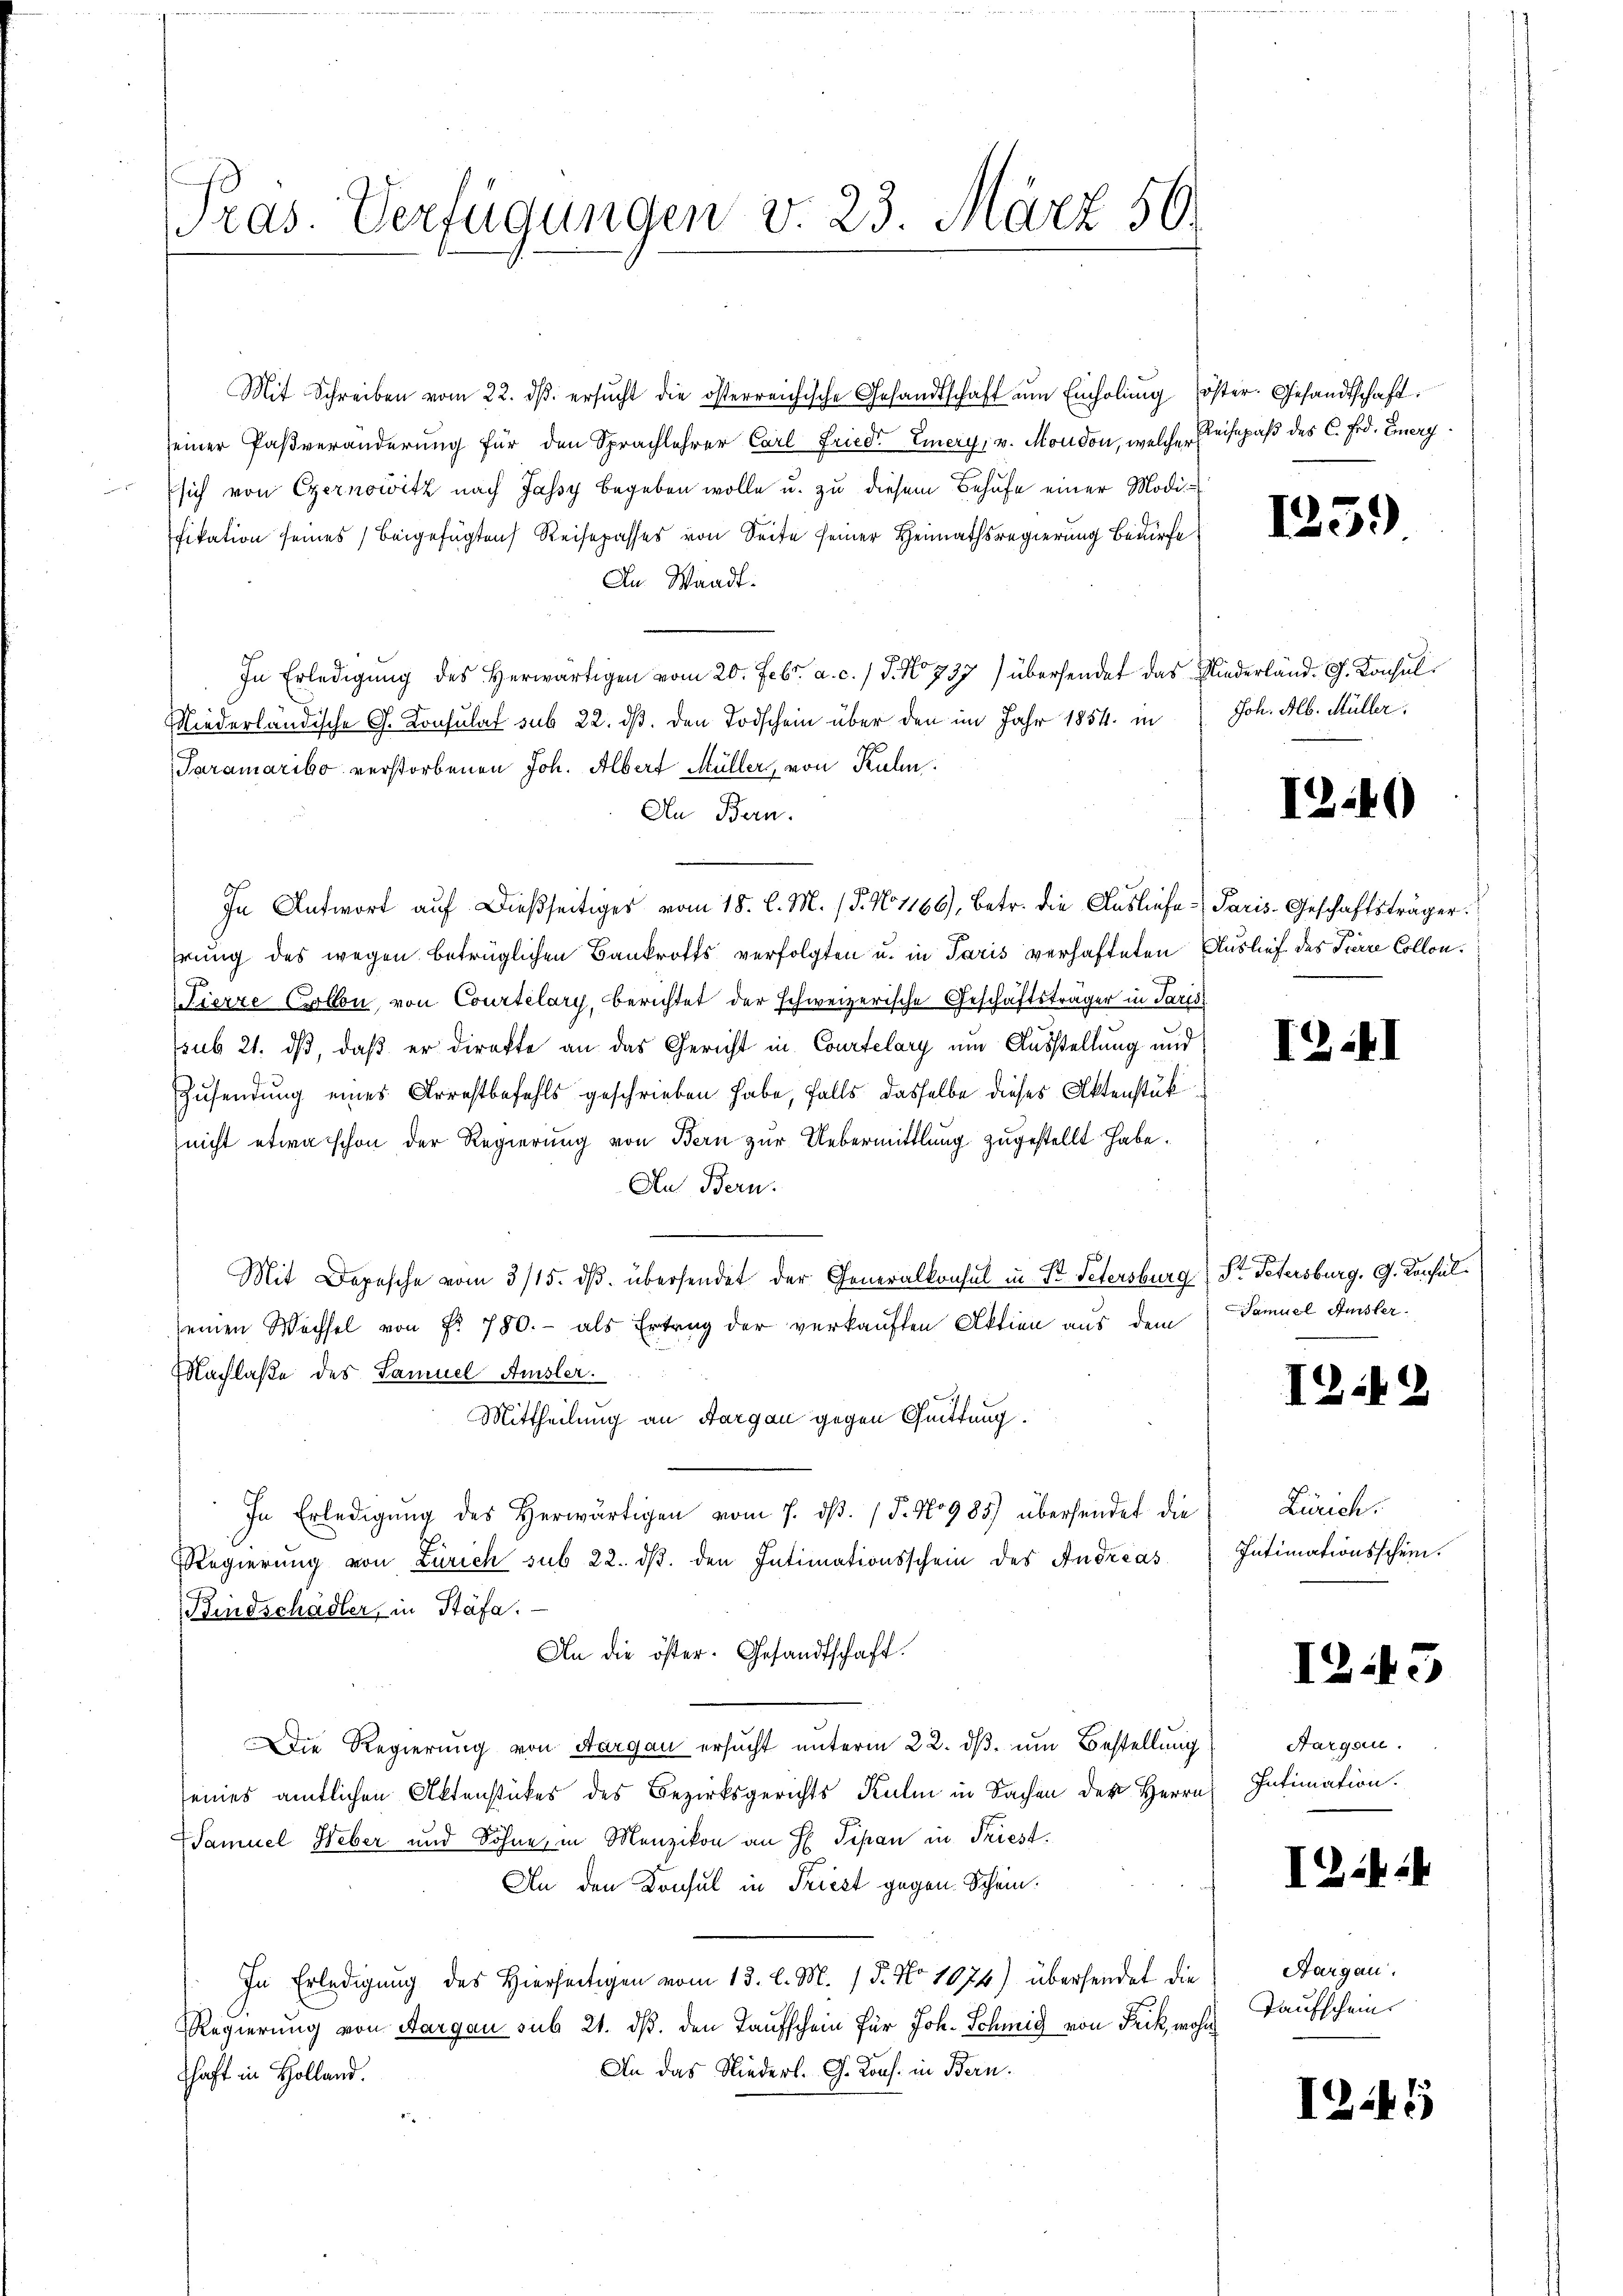
ras. Verfügungen v. 23. März 56.

Mit Schreiben vom 22. dβ ersŭcht die österreichische Gesandtschaft ŭm Einholung öster. Gesandtschaft
seiner Paßveränderung für den Sprachlehrer Carl Friedr Emery, v. Moudon, welche Reisepaß des C. Frd. Einerg
sich von Czernowitz nach Jassy begeben wolle u. zu diesem Behufe einer Modifikation seines beigefügten Reisepasses von Seite seiner Heimathsregierung Bedürfe.
In Waadt.
In Erledigung des Herwärtigen vom 20. Febr. a. c. / 5. No 737) übersendet das Niederländ. G. Konsul
Niederländische G. Konsulat sub 22. dß. den Todschein über den im Jahr 1854 in
Taramarito verstorbenen Joh. Albert Müller, von Kuhn
An Bern.
In Antwort auf dießseitiges vom 18. l. M. (T. No 1166), betr. die Ausliefe Paris-Geschäftsträger.
hrung des wegen betrüglichen Bankrotts verfolgten u. in Paris verhafteten Auslief des Pierre Collon¬
Fierze Collon, von Courtelary, Berichtet der schweizerische Geschäftsträger in Paris
ssub 21. ds, daß er direkte an das Gericht in Courtelary um Ausstellung und
Zusendung eines Arrestbefehls geschrieben habe, falls dasselbe dieses Aktenstük
nicht etwa schon der Regierung von Bern zur Uebermittlung zugestellt habe.
An Bern.
Mit Depesche vom 3/15. ds. übersendet der Generalkonsul in St. Petersburg Sr. Petersburg, G. Konsul
seinen Wechsel von Fr. 780.- als Ertrag der verkauften Aktien aus dem
Nachlaße des Samuel Amsler.
Mittheilung an Aargau gegen Quittung.
In Erledigung des Herwärtigen vom 7. ds. (§. No 985) übersendet die
Regierung von Zürich sub 22. dβ. den Intimationsschein des Andreas
Kindschädler, in Stäfa.
An die öster. Gesandtschaft.
Die Regierung von Aargau ersucht unterm 22. ds. um Bestellung
seines amtlichen Aktenstückes des Bezirksgerichts Kulm in Sachen der Herrn
Samuel Weber und Söhne, in Menzikon an H. Pipan in Friest.
An den Konsul in Triest gegen Schein.
In Erledigung des Hierseitigen vom 13. l. M. / 5. No 1074) übersendet die
RRegierung von Aargau sub 21. dß. den Taufschein für Joh. Schmid von Frick, wohn
An das Niederl. G. Kons. in Bern.
Schaft in Holland.

1259)

Joh. Alb. Müller.

I2.40

III

Samuel Ausler.

1249

Zürich.
Intimationsschein.

I243

Aargau.
Intimation.

I2ii4

Hargau.
Taufschein

I21)